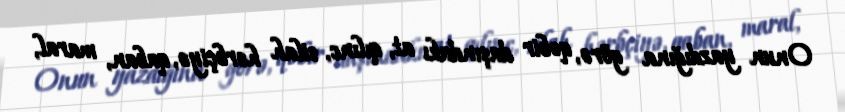
Onun yazdığına görə, qəbir daşındakı at, qılınc, silah hərbçiyə, qaban, maral,